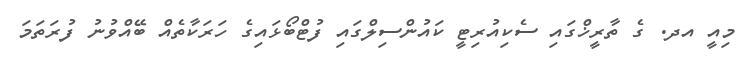
މިއީ އދ. ގެ ތާރީޚްގައި ސެކިއުރިޓީ ކައުންސިލްގައި ފުޓްބޯޅައިގެ ހަރަކާތެއް ބޭއްވުނު ފުރަތަމަ